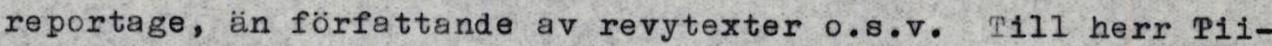
reportage, än författande av revytexter o.s.v. Till herr Pii-